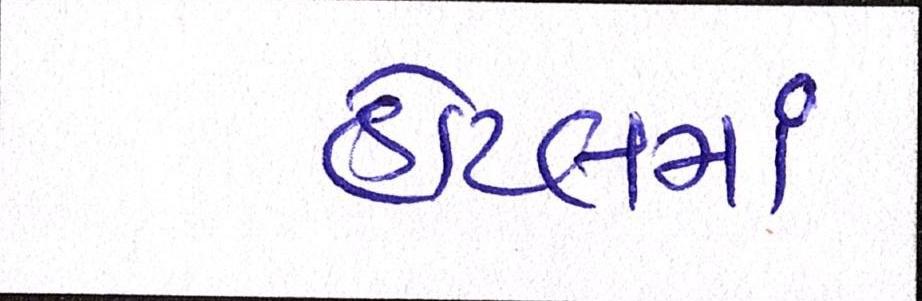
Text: હોટલમાં